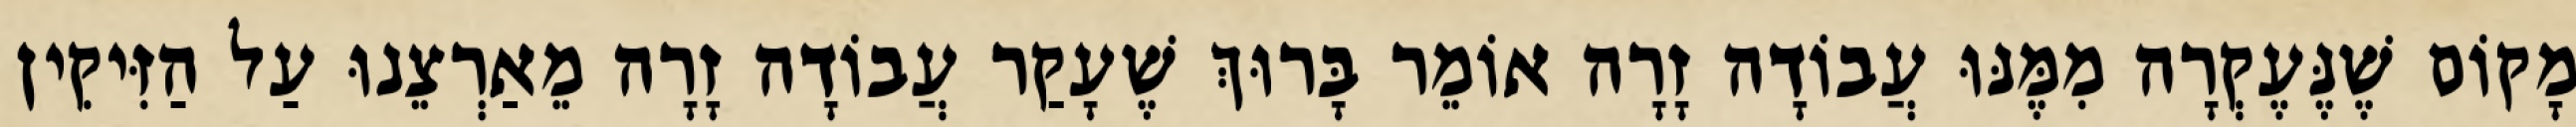
מָקוֹם שֶׁנֶּעֶקְרָה מִמֶּנּוּ עֲבוֹדָה זָרָה אוֹמֵר בָּרוּךְ שֶׁעָקַר עֲבוֹדָה זָרָה מֵאַרְצֵנוּ עַל הַזִּיקִין